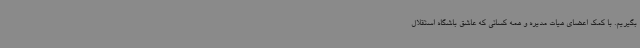
بگیریم. با کمک اعضای هیات مدیره و همه کسانی که عاشق باشگاه استقلال